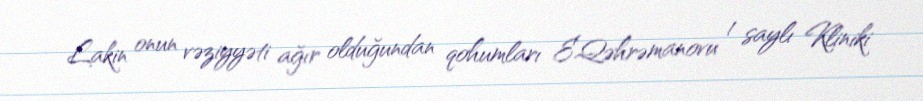
Lakin onun vəziyyəti ağır olduğundan qohumları E.Qəhrəmanovu 1 saylı Kliniki